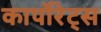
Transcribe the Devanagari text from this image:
कार्पोरेट्स